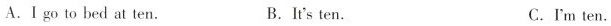
A. I go to bed at ten. B .It's ten. C .I'm ten.